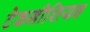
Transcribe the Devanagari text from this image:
टेकनीशियन